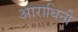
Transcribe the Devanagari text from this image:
आराधिनी